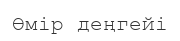
Өмір деңгейі